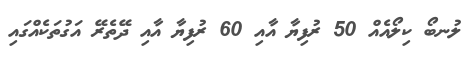
ލުނބޯ ކިލޯއެއް 50 ރުފިޔާ އާއި 60 ރުފިޔާ އާއި ދޭތެރޭ އަގުތަކެއްގައި